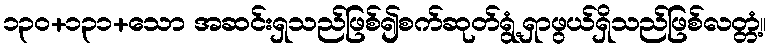
၁၃၀+၁၃၁+သော အဆင်းရှသည်ဖြစ်၍စက်ဆုတ်ရွံ့ရှာဖွယ်ရှိသည်ဖြစ်လတ္တံ့။